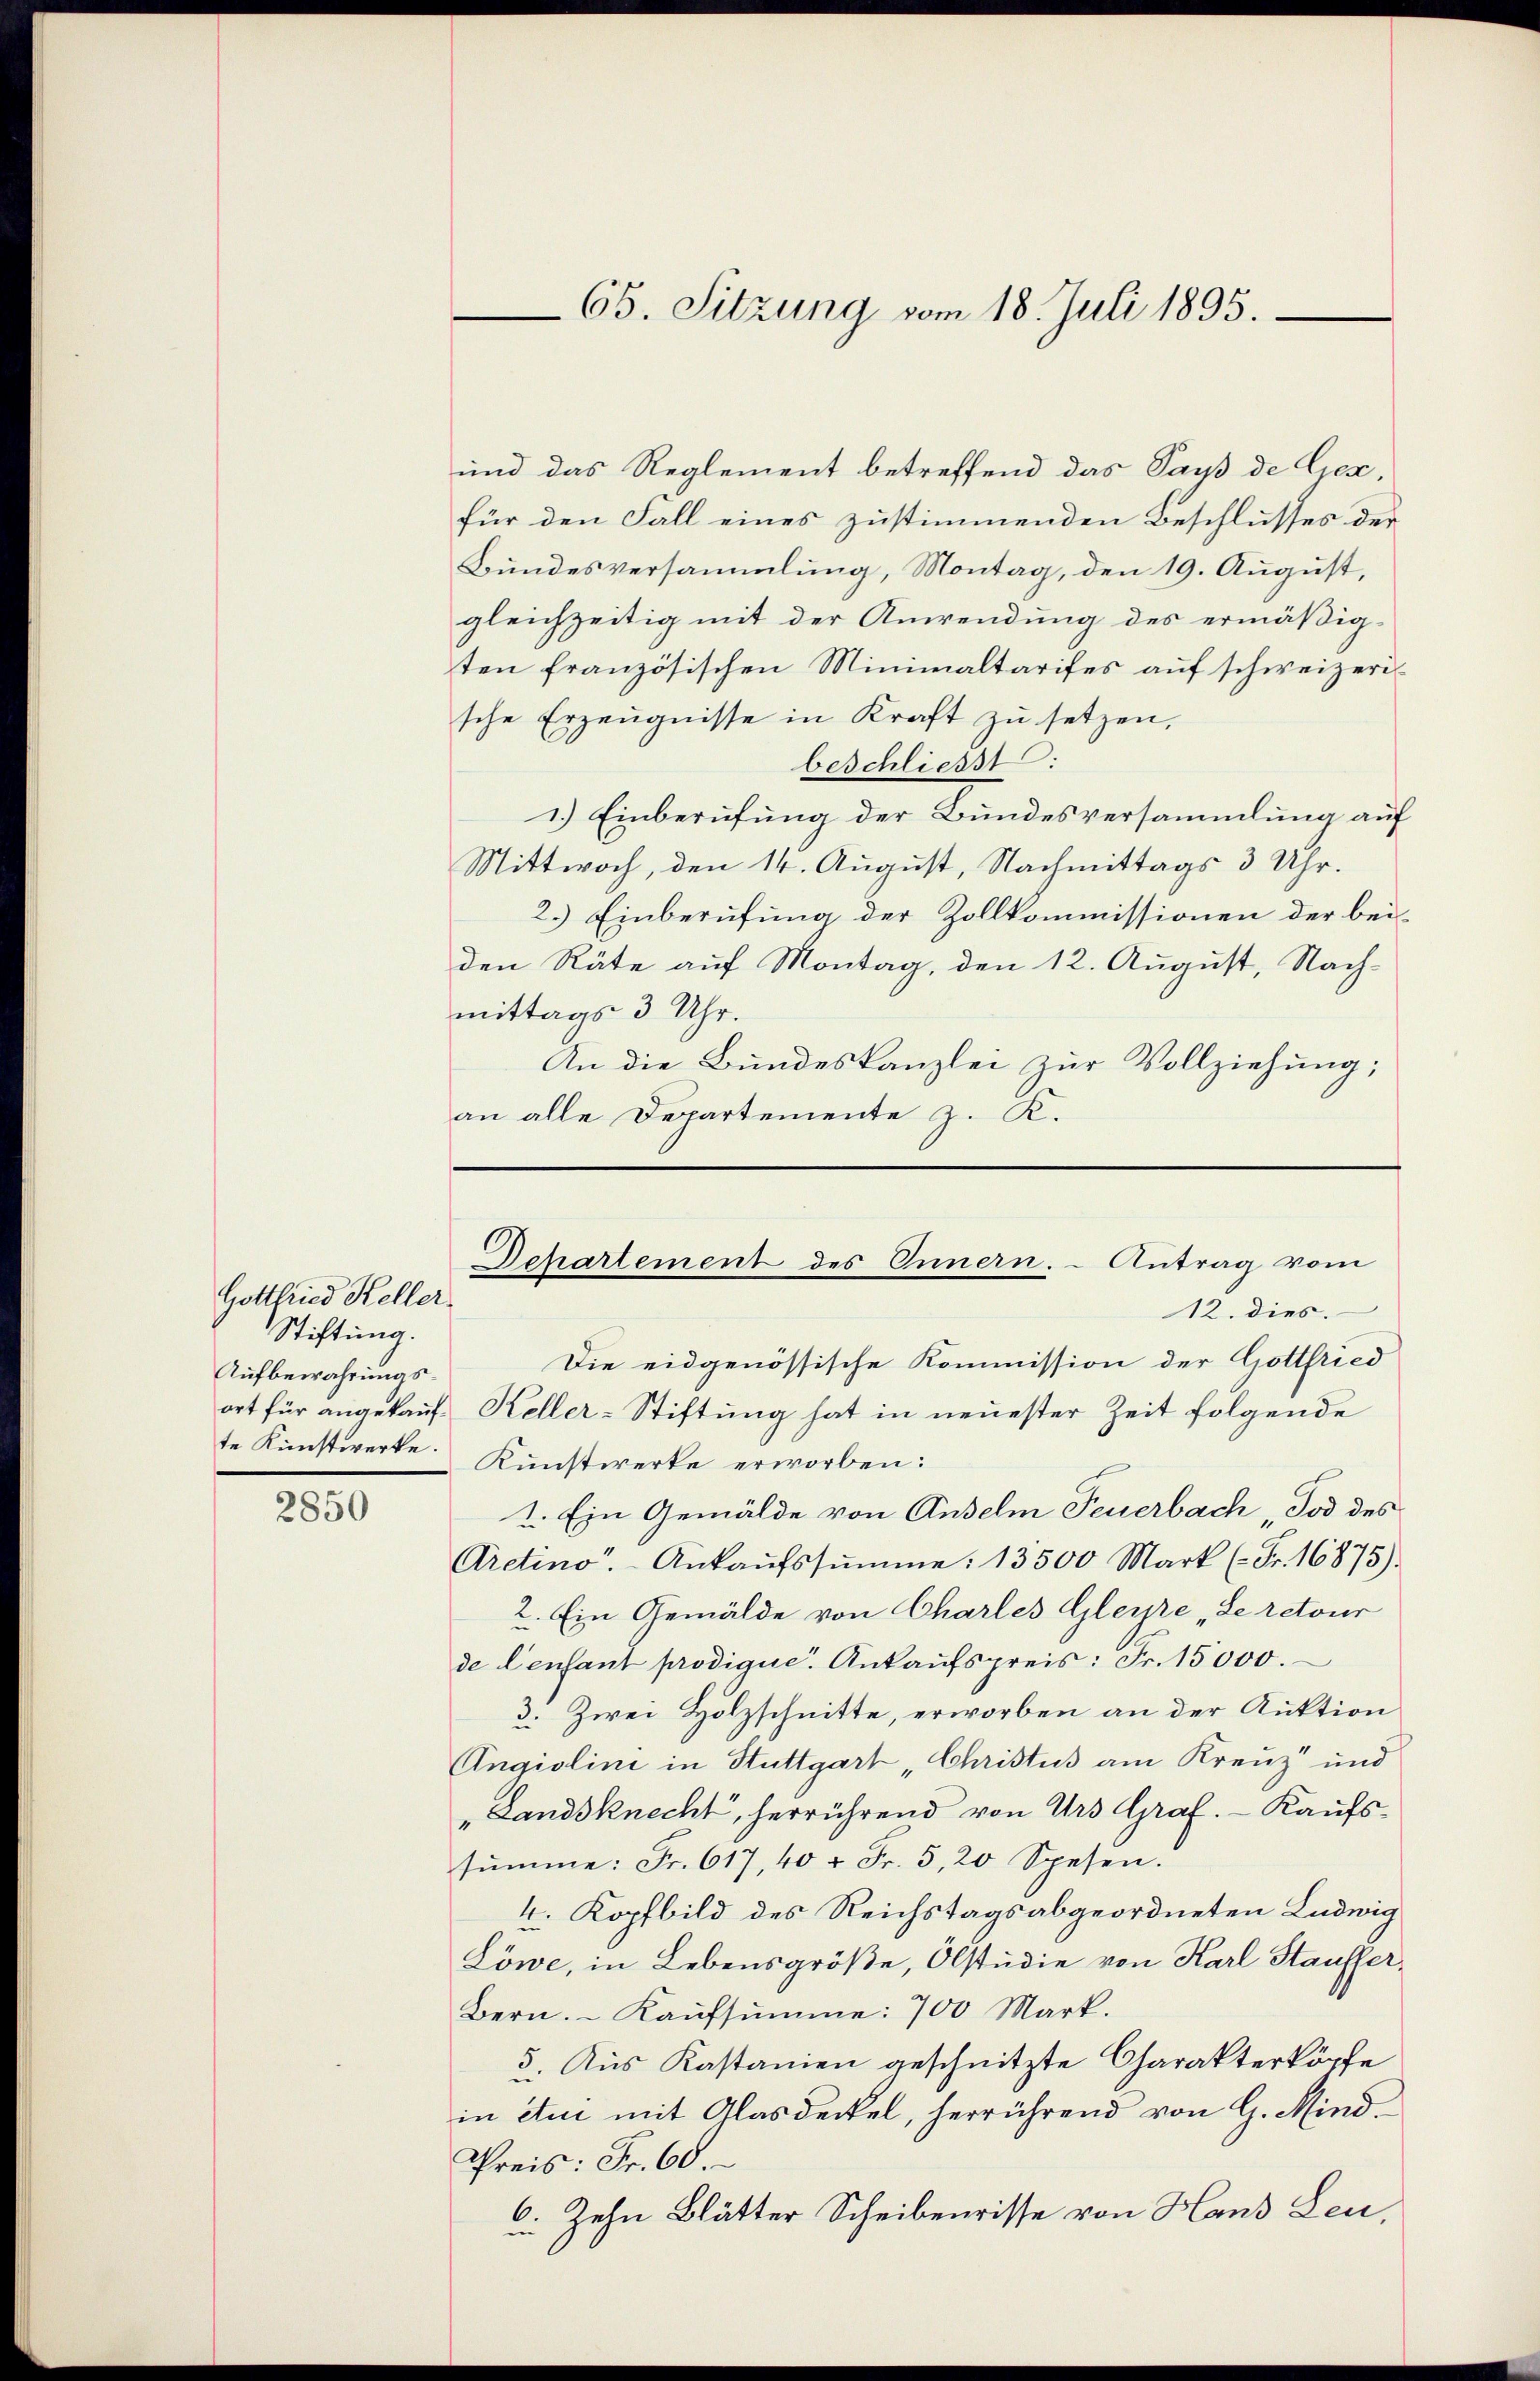
Gottfried Keller.
Stiftung.
Aufbewahrungs¬
2850

65. Sitzung vom 18. Juli 1895.

und das Reglement betreffend das Says de Gex,
für den Fall eines zustimmenden Beschlusses der
Bundesversammlung, Montag, den 19. August,
gleichzeitig mit der Anwendung des ermäßigten französischen Minimaltarifes auf schweizerissche Erzeugnisse in Kraft zu setzen,
beschliesst:
1.) Einberufung der Bundesversammlung auf
Mittwoch, den 14. August, Nachmittags 3 Uhr.
2.) Einberufung der Zollkommissionen der beiden Räte auf Montag, den 12. August, Nach-
mittags 3 Uhr.
An die Bundeskanzlei zur Vollziehung;
an alle Departemente z. K.

Die eidgenössische Kommission der Gottfried
ort für angekauf Keller-Stiftung hat in neuester Zeit folgende
te Kunstwerke Kunstwerke erworben:
1. Ein Gemälde von Anselm Feuerbach „Tod des
Aretino. Ankaŭfssŭmme: 13500 Mark ( Fr. 16875).
2. Ein Gemälde von Charles Gleyre „Le retour
de Censant prodique. Ankaufspreis: Fr. 15000.
3. Zwei Holzschnitte, erworben an der Auktion
Angiolini in Stuttgart „Christus am Kreuz und
"Landsknecht, herrührend von Urs Graf. - Kaufs-
sŭmme: Fr. 617, 40 r Fr. 5, 20 Spesen.
4. Kopfbild des Reichstagsabgeordneten Ludwig
Löwe, in Lebensgröße, Olstudie von Karl Stauffer¬
Bern. Kaŭfsŭmme: 700 Mark.
5. Aus Kastanien geschnitzte Charakterköpfe
in etc mit Glasdeckel, herrührend von G. Mind
Preis: Fr. 60
6. Zehn Blätter Scheiberisse von Hans Leu,
in

Departement des Innern. Antrag vom
12. dies.